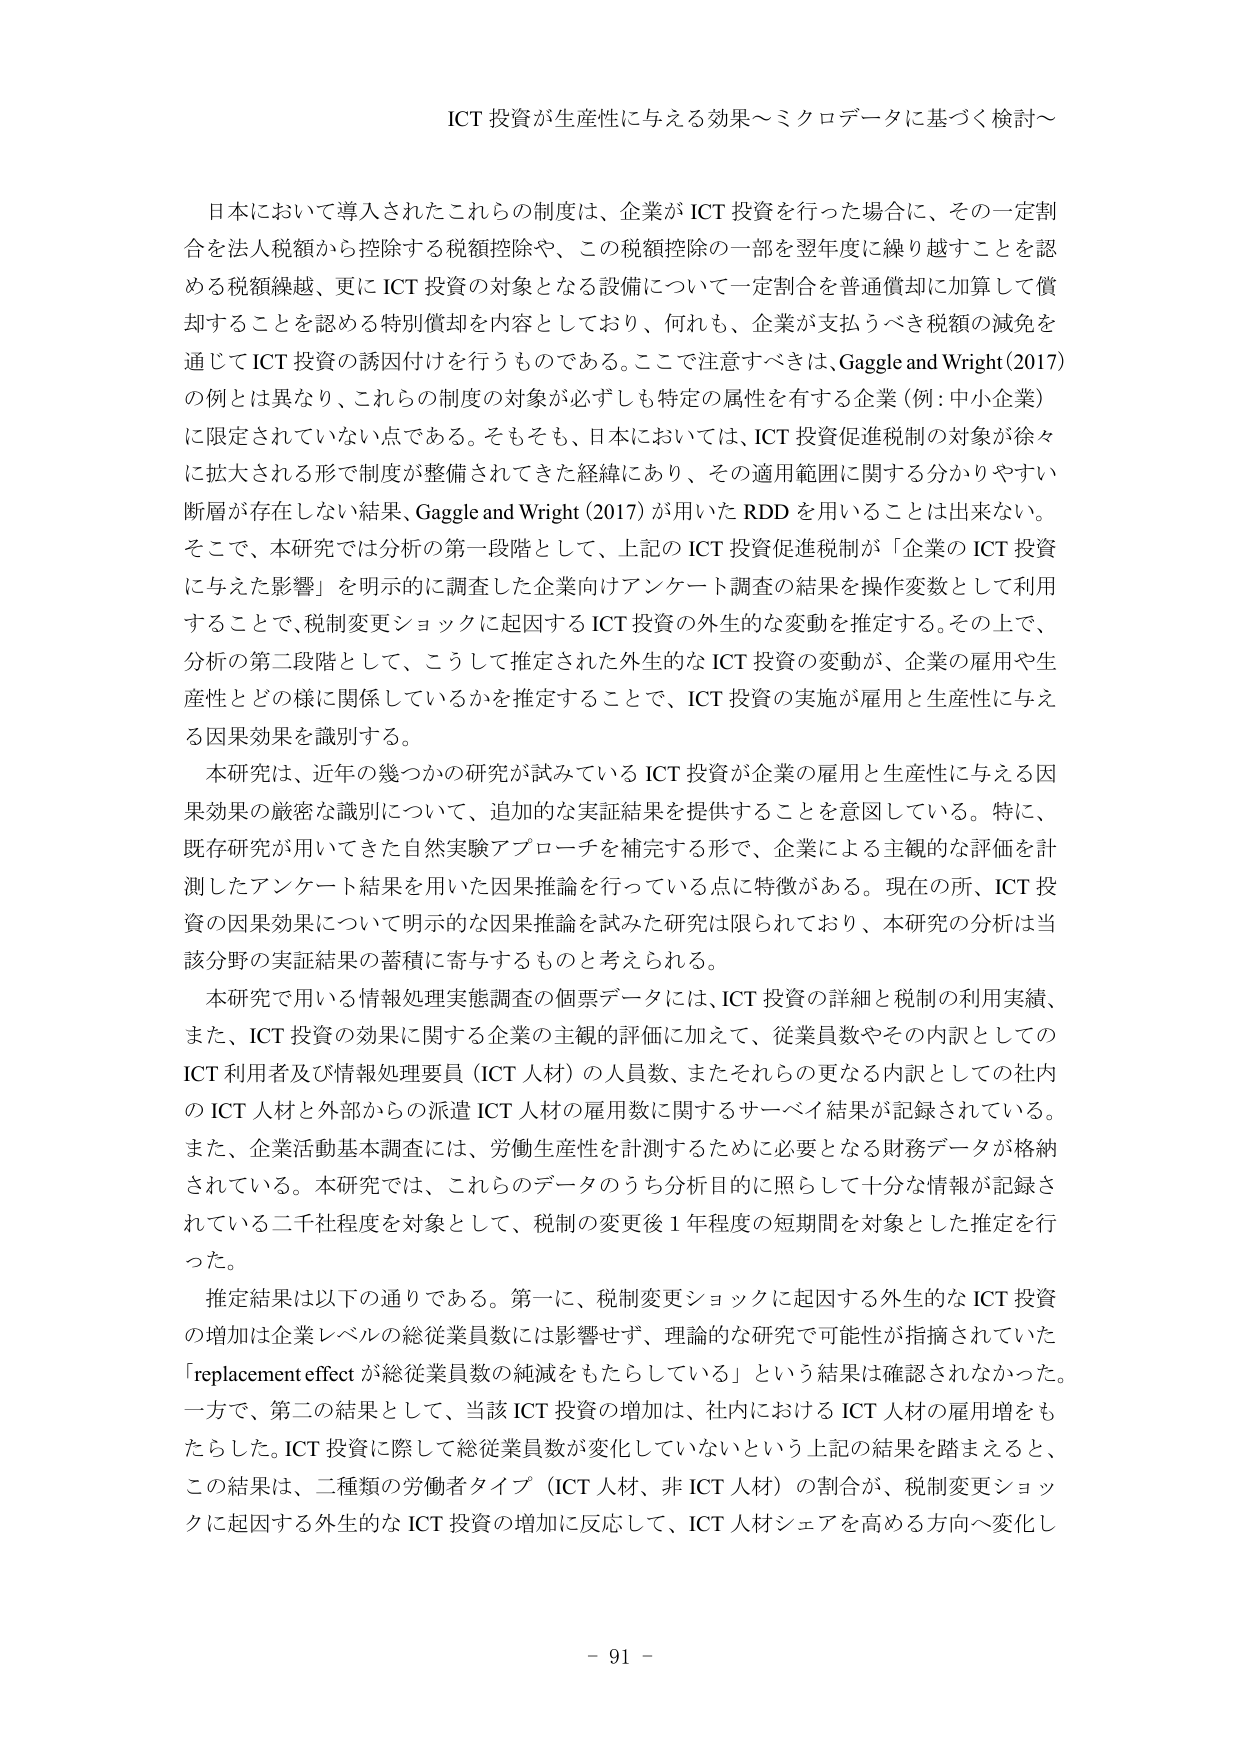
ICT 投資が生産性に与える効果～ミクロデータに基づく検討～

日本において導入されたこれらの制度は、企業が ICT 投資を行った場合に、その一定割合を法人税額から控除する税額控除や、この税額控除の一部を翌年度に繰り越すことを認める税額繰越、更に ICT 投資の対象となる設備について一定割合を普通償却に加算して償却することを認める特別償却を内容としており、何れも、企業が支払うべき税額の減免を通じて ICT 投資の誘因付けを行うものである。ここで注意すべきは、Gaggle and Wright (2017) の例とは異なり、これらの制度の対象が必ずしも特定の属性を有する企業（例：中小企業）に限定されていない点である。そもそも、日本においては、ICT 投資促進税制の対象が徐々に拡大される形で制度が整備されてきた経緯にあり、その適用範囲に関する分かりやすい断層が存在しない結果、Gaggle and Wright (2017) が用いた RDD を用いることは出来ない。そこで、本研究では分析の第一段階として、上記の ICT 投資促進税制が「企業の ICT 投資に与えた影響」を明示的に調査した企業向けアンケート調査の結果を操作変数として利用することで、税制変更ショックに起因する ICT 投資の外生的な変動を推定する。その上で、分析の第二段階として、こうして推定された外生的な ICT 投資の変動が、企業の雇用や生産性とどの様に関係しているかを推定することで、ICT 投資の実施が雇用と生産性に与える因果効果を識別する。

本研究は、近年の幾つかの研究が試みている ICT 投資が企業の雇用と生産性に与える因果効果の厳密な識別について、追加的な実証結果を提供することを意図している。特に、既存研究が用いてきた自然実験アプローチを補完する形で、企業による主観的な評価を計測したアンケート結果を用いた因果推論を行っている点に特徴がある。現在の所、ICT 投資の因果効果について明示的な因果推論を試みた研究は限られており、本研究の分析は当該分野の実証結果の蓄積に寄与するものと考えられる。

本研究で用いる情報処理実態調査の個票データには、ICT 投資の詳細と税制の利用実績、また、ICT 投資の効果に関する企業の主観的評価に加えて、従業員数やその内訳としての ICT 利用者及び情報処理要員（ICT 人材）の人員数、またそれらの更なる内訳としての社内の ICT 人材と外部からの派遣 ICT 人材の雇用数に関するサーベイ結果が記録されている。また、企業活動基本調査には、労働生産性を計測するために必要となる財務データが格納されている。本研究では、これらのデータのうち分析目的に照らして十分な情報が記録されている二千社程度を対象として、税制の変更後 1 年程度の短期間を対象とした推定を行った。

推定結果は以下の通りである。第一に、税制変更ショックに起因する外生的な ICT 投資の増加は企業レベルの総従業員数には影響せず、理論的な研究で可能性が指摘されていた「replacement effect が総従業員数の純減をもたらしている」という結果は確認されなかった。一方で、第二の結果として、当該 ICT 投資の増加は、社内における ICT 人材の雇用増をもたらした。ICT 投資に際して総従業員数が変化していないという上記の結果を踏まえると、この結果は、二種類の労働者タイプ（ICT 人材、非 ICT 人材）の割合が、税制変更ショックに起因する外生的な ICT 投資の増加に反応して、ICT 人材シェアを高める方向へ変化し

- 91 -